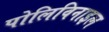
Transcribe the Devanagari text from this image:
पोलिविनाइल